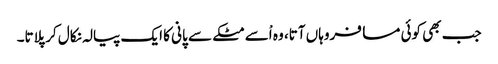
جب بھی کوئی مسافروہاں آتا، وہ اْسے مٹکے سے پانی کا ایک پیالہ نکال کر پلاتا۔